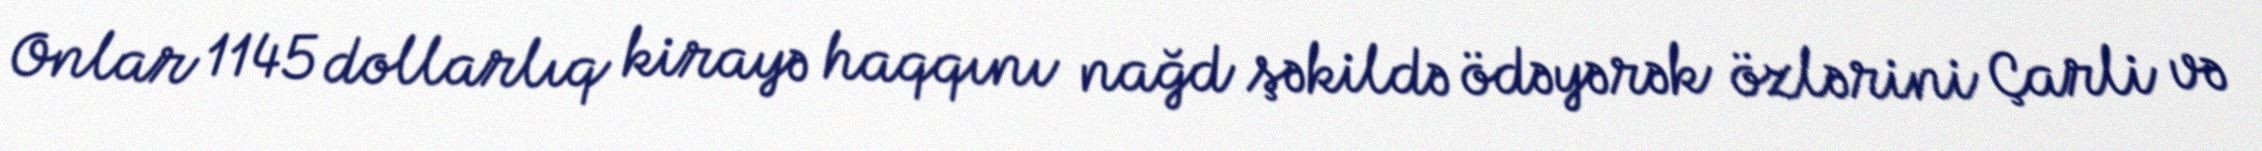
Onlar 1145 dollarlıq kirayə haqqını nağd şəkildə ödəyərək özlərini Çarli və